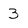
Character: 3